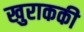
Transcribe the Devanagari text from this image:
खुराककी